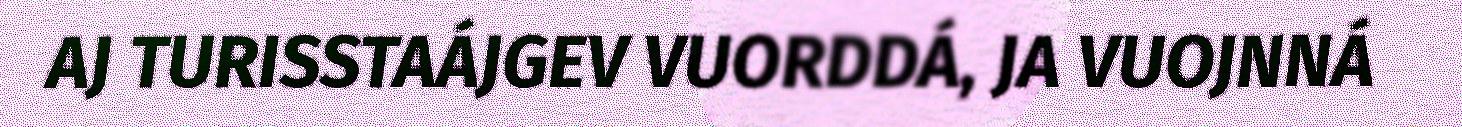
AJ TURISSTAÁJGEV VUORDDÁ, JA VUOJNNÁ